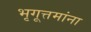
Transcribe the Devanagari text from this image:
भृगूत्तमांना